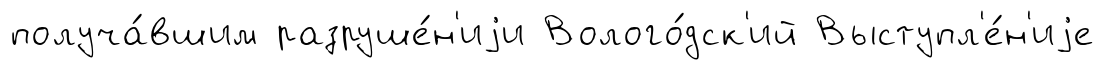
получа́вшим разруше́н'иjи Волого́дск'ий Выступл'е́н'иjе